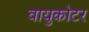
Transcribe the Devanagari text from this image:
वायुकोटर